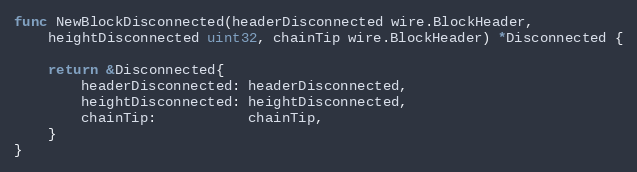
Language: Go
func NewBlockDisconnected(headerDisconnected wire.BlockHeader,
	heightDisconnected uint32, chainTip wire.BlockHeader) *Disconnected {

	return &Disconnected{
		headerDisconnected: headerDisconnected,
		heightDisconnected: heightDisconnected,
		chainTip:           chainTip,
	}
}